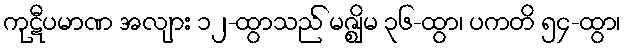
ကုဋီပမာဏ အလျား ၁၂-ထွာသည် မဇ္ဈိမ ၃၆-ထွာ၊ ပကတိ ၅၄-ထွာ၊